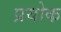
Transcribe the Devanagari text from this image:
प्रयोक